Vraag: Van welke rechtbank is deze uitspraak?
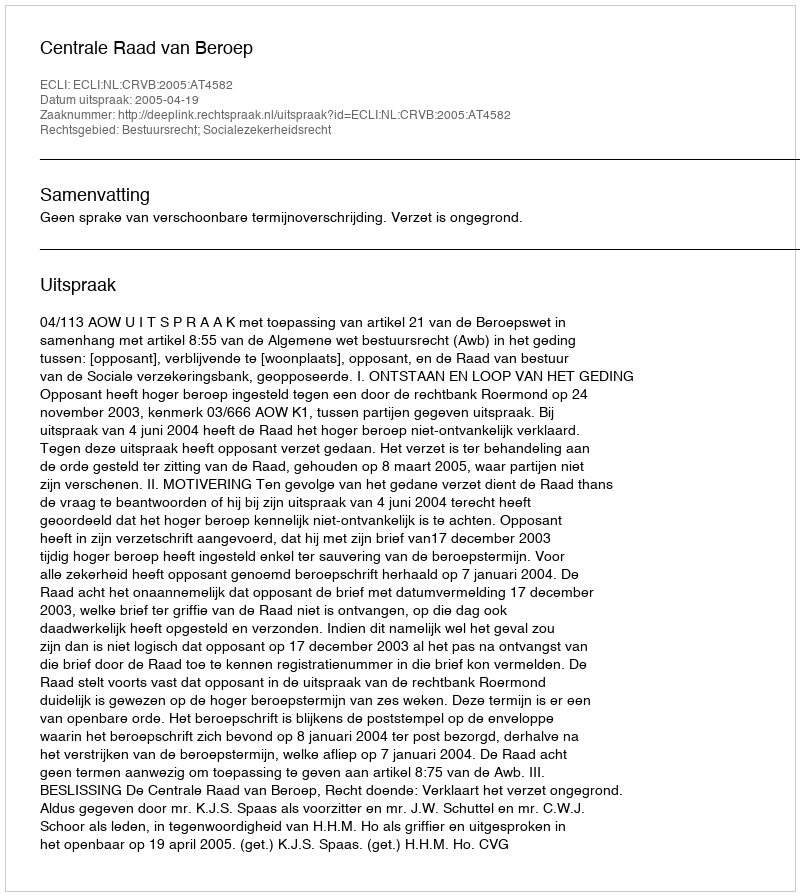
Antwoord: Centrale Raad van Beroep